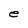
Character: e